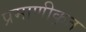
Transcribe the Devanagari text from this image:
प्रमाणीकृत